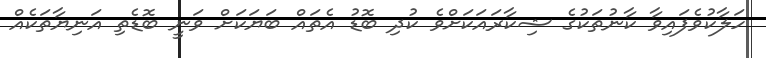
ހަލާކުވެފައިވާ ކާނުތަކުގެ ޝިކާރައަކަށްވެ ކުދި ބޮޑު އެތައް ބަޔަކަށް ވަނީ ބޮޑެތި އަނިޔާތަކެއް